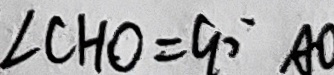
\angle C H O = 9 0 ^ { \circ } A O